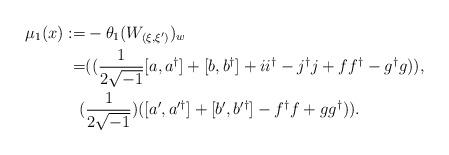
LaTeX: \begin{align*}\mu_1(x) :=& -\theta_1(W_{(\xi,\xi')})_w\\=& ((\frac{1}{2\sqrt{-1}}[a,a^{\dagger}] + [b,b^{\dagger}] + ii^{\dagger}-j^{\dagger}j +ff^{\dagger}-g^{\dagger}g)), \\( &\frac{1}{2\sqrt{-1}})([a',a^{\prime\dagger}]+[b',b^{\prime\dagger}]-f^{\dagger}f+gg^{\dagger})).\end{align*}